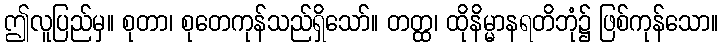
ဤလူပြည်မှ။ စုတာ၊ စုတေကုန်သည်ရှိသော်။ တတ္ထ၊ ထိုနိမ္မာနရတိဘုံ၌ ဖြစ်ကုန်သော။